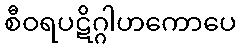
စီဝရပဋိဂ္ဂါဟကောပေ